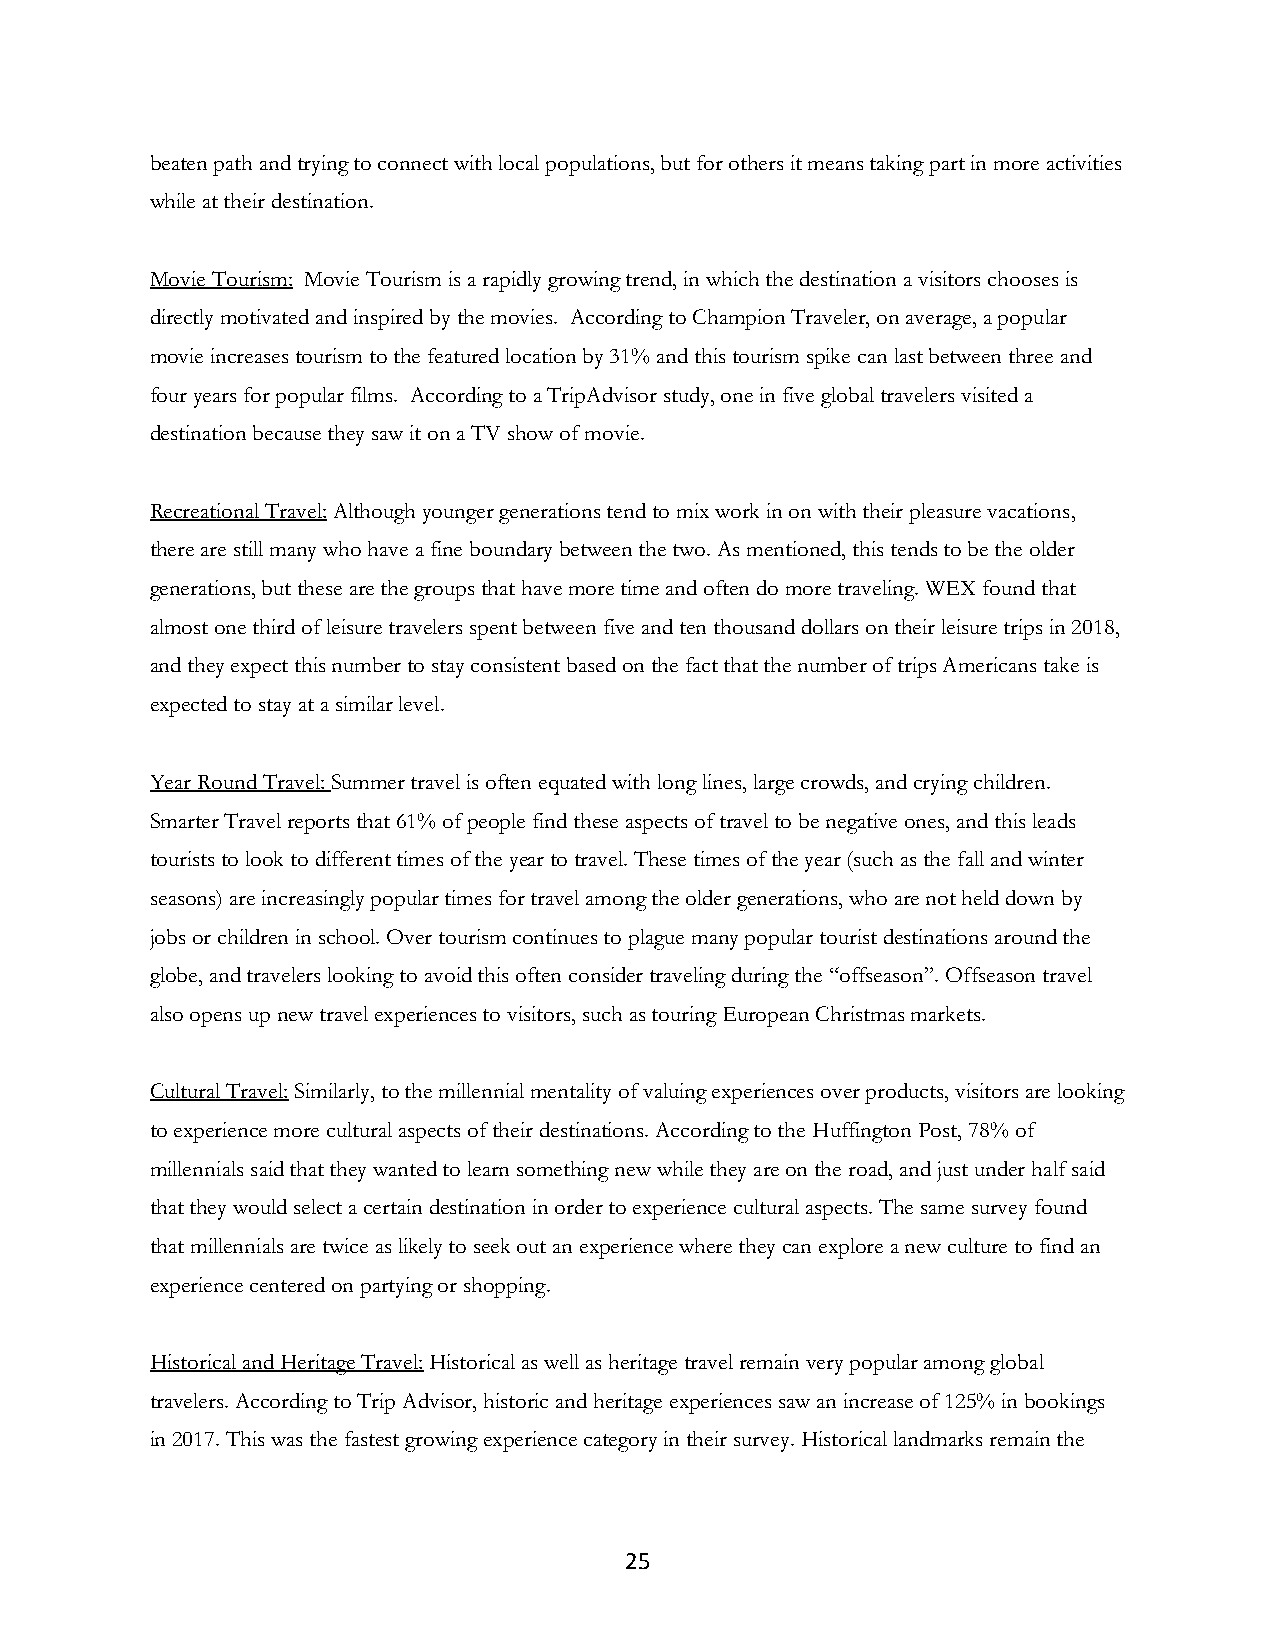
beaten path and trying to connect with local populations, but for others it means taking part in more activities
 while at their destination.
 Movie Tourism: Movie Tourism is a rapidly growing trend, in which the destination a visitors chooses is
 directly motivated and inspired by the movies. According to Champion Traveler, on average, a popular
 movie increases tourism to the featured location by 31% and this tourism spike can last between three and
 four years for popular films. According to a TripAdvisor study, one in five global travelers visited a
 destination because they saw it on a TV show of movie.
 Recreational Travel: Although younger generations tend to mix work in on with their pleasure vacations,
 there are still many who have a fine boundary between the two. As mentioned, this tends to be the older
 generations, but these are the groups that have more time and often do more traveling. WEX found that
 almost one third of leisure travelers spent between five and ten thousand dollars on their leisure trips in 2018,
 and they expect this number to stay consistent based on the fact that the number of trips Americans take is
 expected to stay at a similar level.
 Year Round Travel: Summer travel is often equated with long lines, large crowds, and crying children.
 Smarter Travel reports that 61% of people find these aspects of travel to be negative ones, and this leads
 tourists to look to different times of the year to travel. These times of the year (such as the fall and winter
 seasons) are increasingly popular times for travel among the older generations, who are not held down by
 jobs or children in school. Over tourism continues to plague many popular tourist destinations around the
 globe, and travelers looking to avoid this often consider traveling during the “offseason”. Offseason travel
 also opens up new travel experiences to visitors, such as touring European Christmas markets.
 Cultural Travel: Similarly, to the millennial mentality of valuing experiences over products, visitors are looking
 to experience more cultural aspects of their destinations. According to the Huffington Post, 78% of
 millennials said that they wanted to learn something new while they are on the road, and just under half said
 that they would select a certain destination in order to experience cultural aspects. The same survey found
 that millennials are twice as likely to seek out an experience where they can explore a new culture to find an
 experience centered on partying or shopping.
 Historical and Heritage Travel: Historical as well as heritage travel remain very popular among global
 travelers. According to Trip Advisor, historic and heritage experiences saw an increase of 125% in bookings
 in 2017. This was the fastest growing experience category in their survey. Historical landmarks remain the
 25